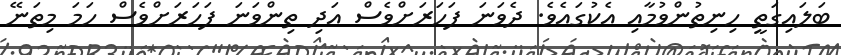
ބަލައިގަތީ ހިނިތުންވުމާއި އެކުގައެވެ. ދެވަނަ ފަހަރަށްވެސް އަދި ތިންވަނަ ފަހަރަށްވެސް ހަމަ މިތަނޭ